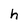
Character: h